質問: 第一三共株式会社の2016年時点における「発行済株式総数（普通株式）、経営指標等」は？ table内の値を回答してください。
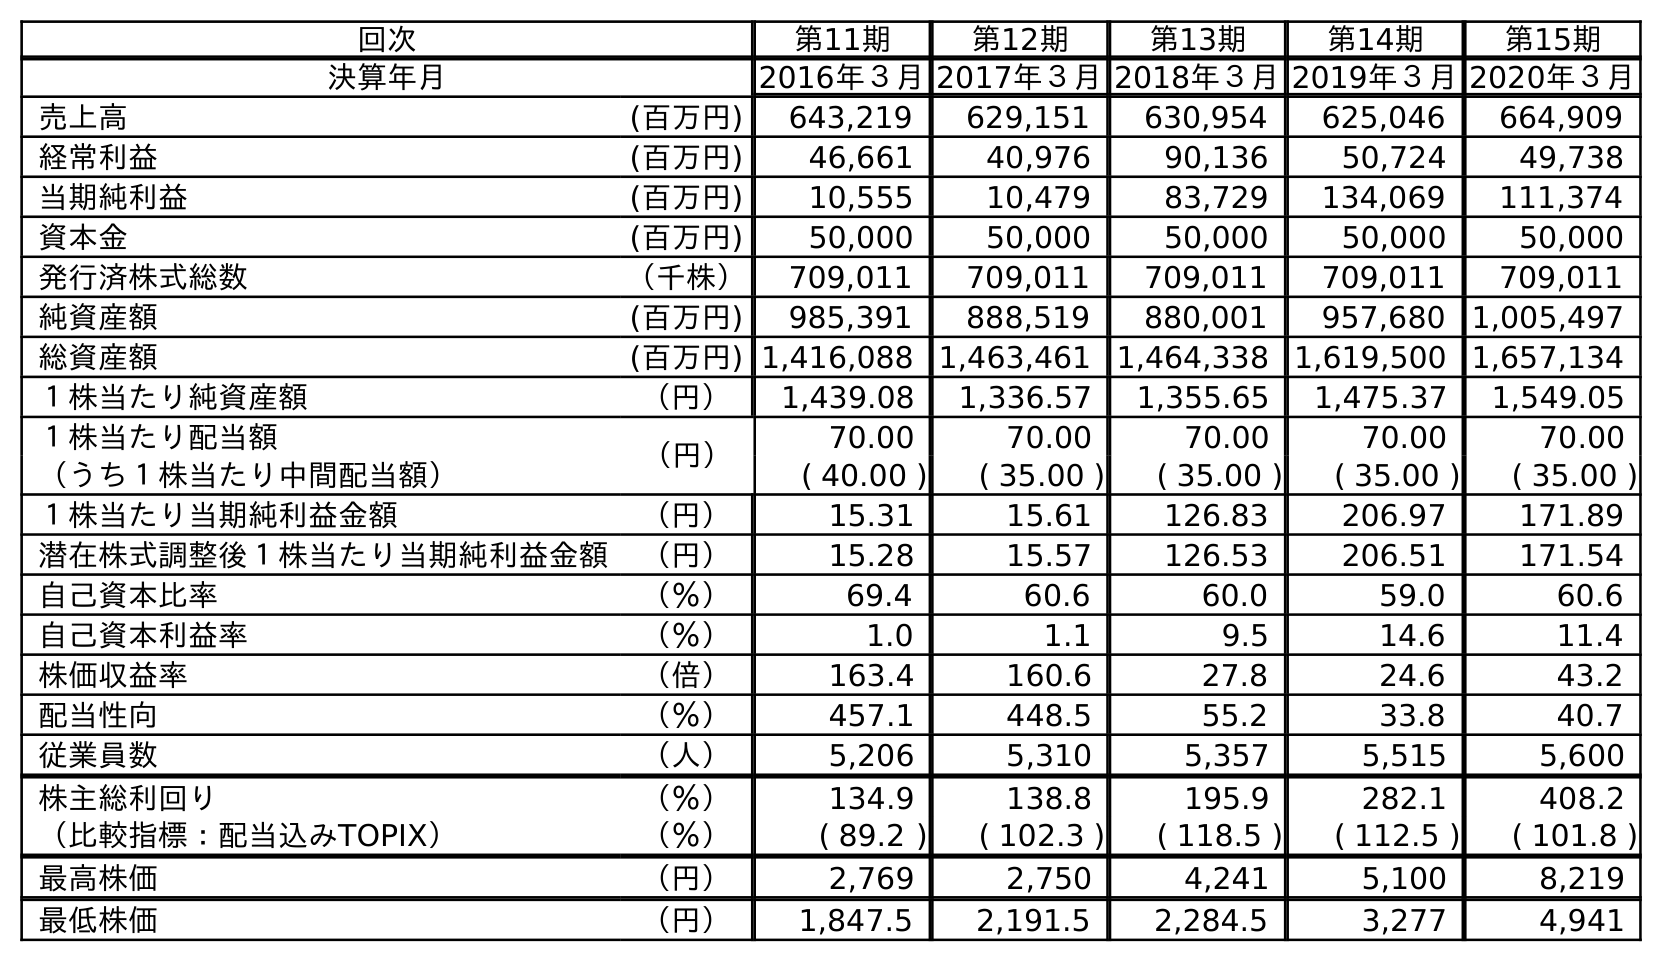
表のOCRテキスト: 回次 第11期 第12期 第13期 第14期 第15期 決算年月 2016年３月2017年３月2018年３月2019年３月2020年３月 売上高 (百万円) 643,219 629,151 630,954 625,046 664,909 経常利益 (百万円) 46,661 40,976 90,136 50,724 49,738 当期純利益 (百万円) 10,555 10,479 83,729 134,069 111,374 資本金 (百万円) 50,000 50,000 50,000 50,000 50,000 発行済株式総数 （千株） 709,011 709,011 709,011 709,011 709,011 純資産額 (百万円) 985,391 888,519 880,001 957,680 1,005,497 総資産額 (百万円) 1,416,088 1,463,461 1,464,338 1,619,500 1,657,134 １株当たり純資産額 （円） 1,439.08 1,336.57 1,355.65 1,475.37 1,549.05 １株当たり配当額 （円） 70.00 70.00 70.00 70.00 70.00 （うち１株当たり中間配当額） ( 40.00 ) ( 35.00 ) ( 35.00 ) ( 35.00 ) ( 35.00 ) １株当たり当期純利益金額 （円） 15.31 15.61 126.83 206.97 171.89 潜在株式調整後１株当たり当期純利益金額 （円） 15.28 15.57 126.53 206.51 171.54 自己資本比率 （％） 69.4 60.6 60.0 59.0 60.6 自己資本利益率 （％） 1.0 1.1 9.5 14.6 11.4 株価収益率 （倍） 163.4 160.6 27.8 24.6 43.2 配当性向 （％） 457.1 448.5 55.2 33.8 40.7 従業員数 （人） 5,206 5,310 5,357 5,515 5,600 株主総利回り （％） 134.9 138.8 195.9 282.1 408.2 （比較指標：配当込みTOPIX） （％） ( 89.2 ) ( 102.3 ) ( 118.5 ) ( 112.5 ) ( 101.8 ) 最高株価 （円） 2,769 2,750 4,241 5,100 8,219 最低株価 （円） 1,847.5 2,191.5 2,284.5 3,277 4,941
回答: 709,011